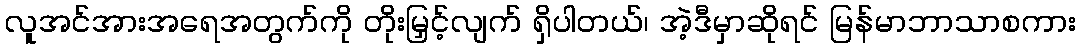
လူအင်အားအရေအတွက်ကို တိုးမြှင့်လျက် ရှိပါတယ်၊ အဲ့ဒီမှာဆိုရင် မြန်မာဘာသာစကား